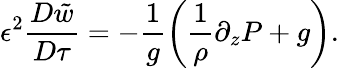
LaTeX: \epsilon^{2}\frac{D\tilde{w}}{D\tau}=-\frac{1}{g}\left(\frac{1}{\rho}\partial_{z}P+g\right).